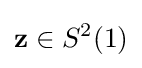
\mathbf {z} \in S^{2}(1)